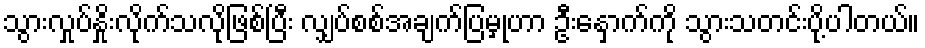
သွားလှုပ်နှိုးလိုက်သလိုဖြစ်ပြီး လျှပ်စစ်အချက်ပြမှုဟာ ဦးနှောက်ကို သွားသတင်းပို့ပါတယ်။